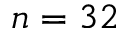
n = 3 2